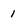
Character: 1